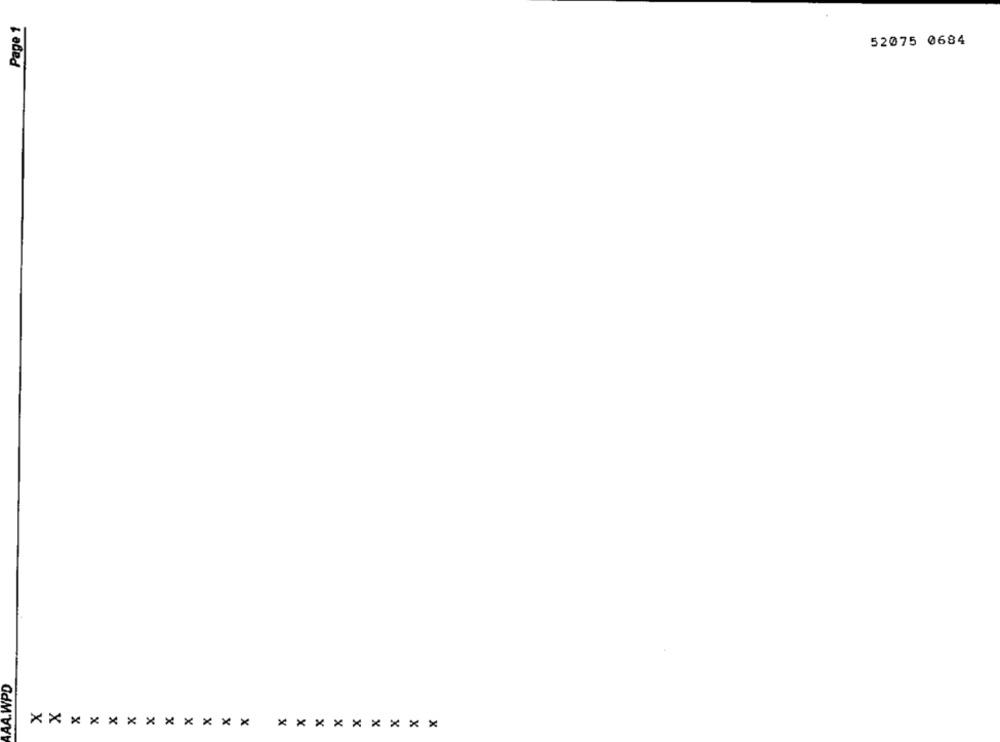
Page 1
52075 0684
AA.WPD
************
******** X